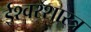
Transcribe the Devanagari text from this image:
ईश्वरशास्त्र